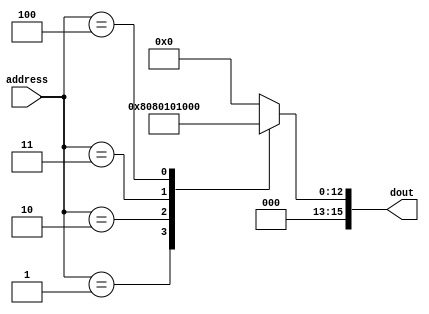
//////////////////////////////////////////////////////////////////////////////////
// Company: 
// Engineer: 
// 
// Design Name: 
// Module Name:    ROM1 
// Project Name: 
// Target Devices: 
// Tool versions: 
// Description: 
//
// Dependencies: 
//
// Revision: 
// Revision 0.01 - File Created
// Additional Comments: 
//
//////////////////////////////////////////////////////////////////////////////////
module ROM1(address, dout);
input [2:0] address;
output reg [15:0] dout;

always @*
begin
	case(address)
	3'd0 : dout <= 16'd0;
	3'd1 : dout <= 16'd1;
	3'd2 : dout <= 16'd32;
	3'd3 : dout <= 16'd128;		
	3'd4 : dout <= 16'd4096;
	default : dout <= 16'd0;
	endcase
end	
endmodule